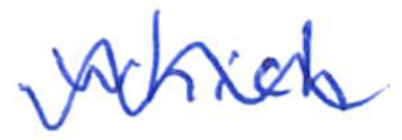
Text: which
Cross-out: wave
Writing tool: ballpoint